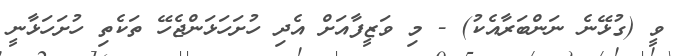
ވީ (ގުޅޭނެ ނަންބަރާއެކު) - މި ވަޒީފާއަށް އެދި ހުށަހަޅަންޖެހޭ ތަކެތި ހުށަހަޅާނީ